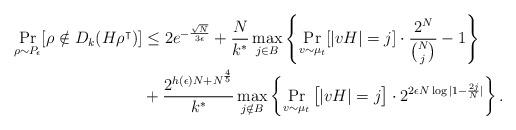
LaTeX: \begin{align*}\Pr_{\rho\sim P_\epsilon}[\rho\notin D_k(H\rho^\intercal)]&\leq 2e^{-\frac{\sqrt{N}}{3\epsilon}}+\frac{N}{k^*} \max_{j\in B}\left\{ \Pr_{v\sim \mu_t}[|v H|=j] \cdot \frac{2^N}{\binom{N}{j}}-1\right\} \\&+\frac{2^{h(\epsilon)N+N^{\frac{4}{5}}}}{k^*} \max_{ j\notin B}\left\{ \Pr_{v\sim \mu_t}\big[|v H|=j\big]\cdot 2^{2\epsilon N\log|1-\frac{2j}{N}|} \right\}.\end{align*}